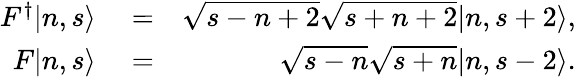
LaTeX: \begin{array}{rlr}{F^{\dagger}|n,s\rangle}&{{}=}&{\sqrt{s-n+2}\sqrt{s+n+2}|n,s+2\rangle,}\\ {F|n,s\rangle}&{{}=}&{\sqrt{s-n}\sqrt{s+n}|n,s-2\rangle.}\end{array}